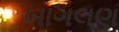
બાગલણ